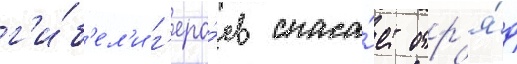
г'и́б'ел'и г'еро́ев спаса́ет отр'я́д